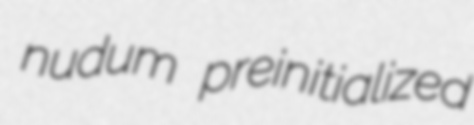
nudum preinitialized